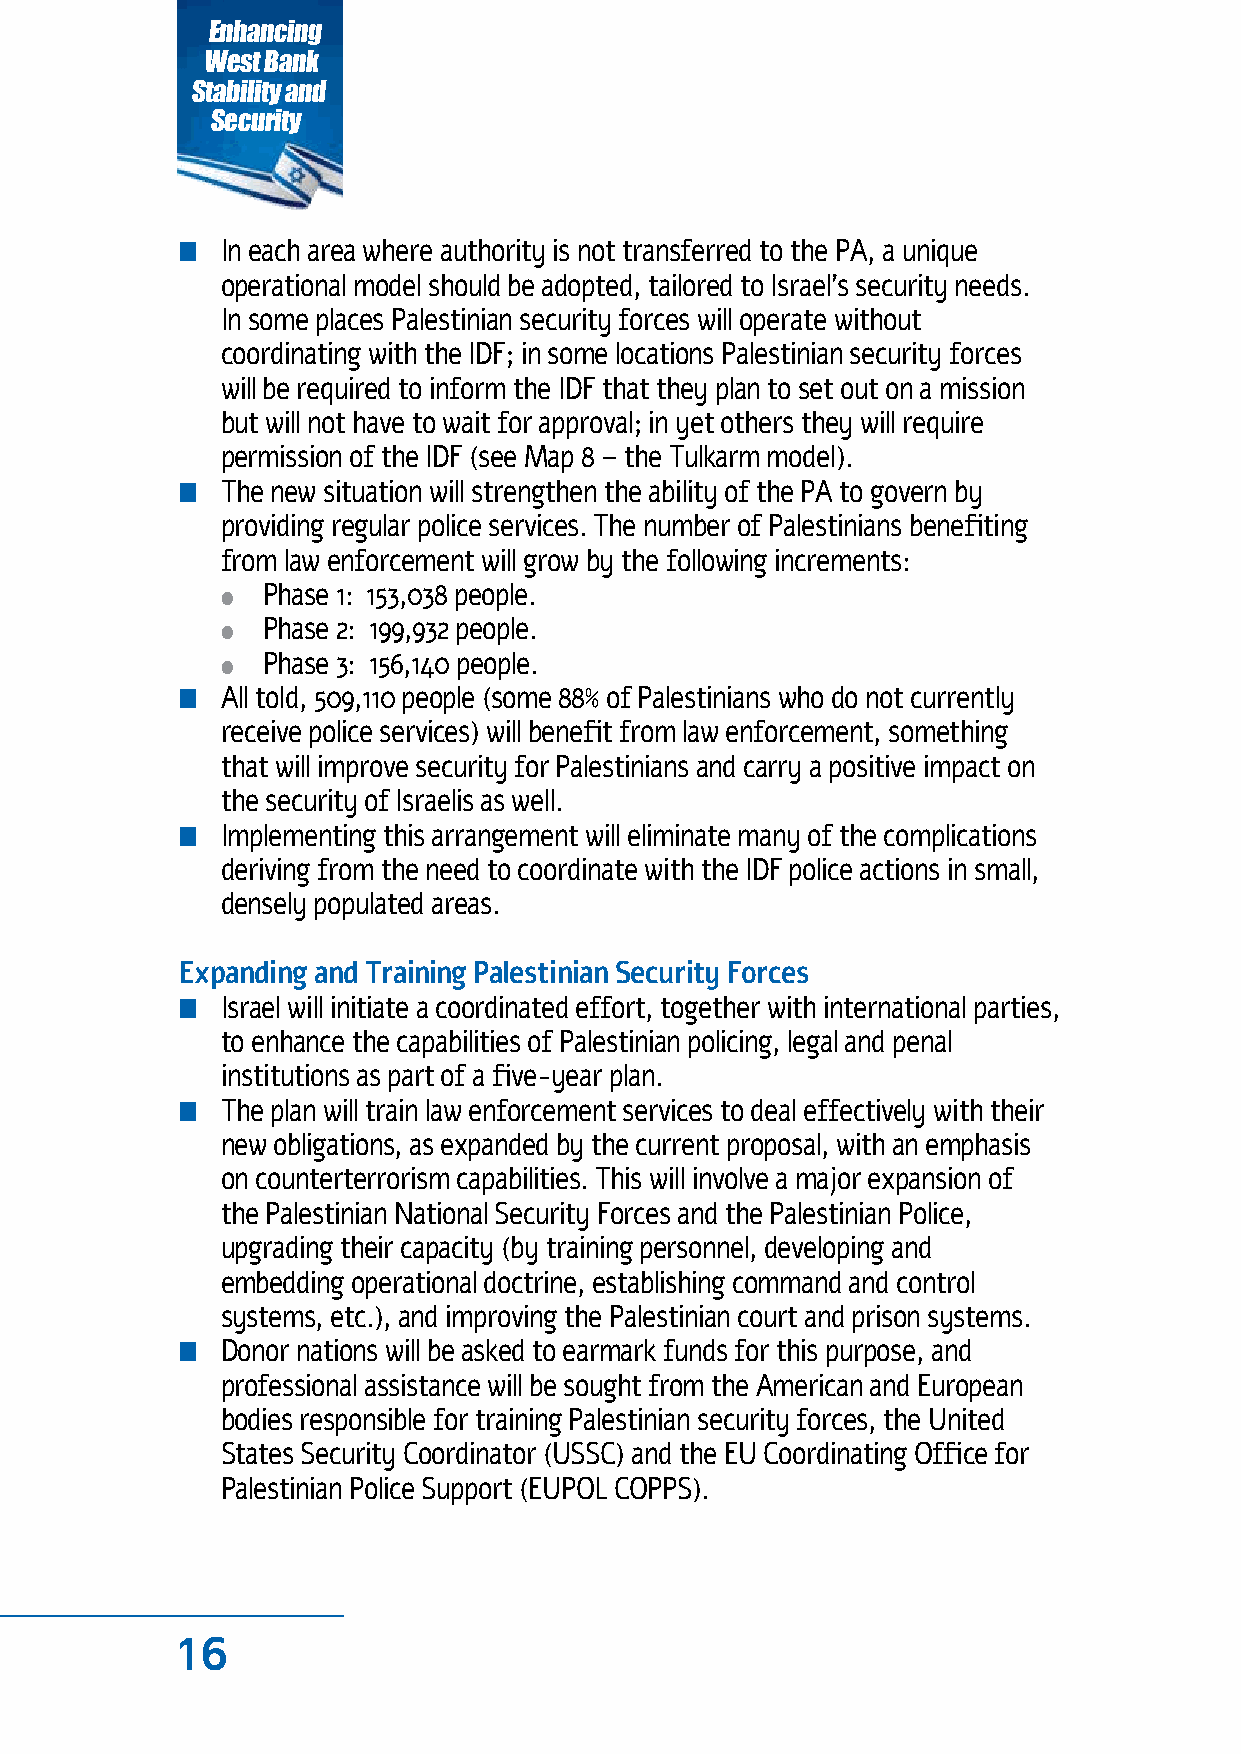
Enhancing
 West Bank
 Stability and
 Security
 n  In each area where authority is not transferred to the PA, a unique
 operational model should be adopted, tailored to Israel’s security needs.
 In some places Palestinian security forces will operate without
 coordinating with the IDF; in some locations Palestinian security forces
 will be required to inform the IDF that they plan to set out on a mission
 but will not have to wait for approval; in yet others they will require
 permission of the IDF (see Map 8 – the Tulkarm model).
 n  The new situation will strengthen the ability of the PA to govern by
 providing regular police services. The number of Palestinians benefiting
 from law enforcement will grow by the following increments:
 ● Phase 1: 153,038 people.
 ● Phase 2: 199,932 people.
 ● Phase 3: 156,140 people.
 n  All told, 509,110 people (some 88% of Palestinians who do not currently
 receive police services) will benefit from law enforcement, something
 that will improve security for Palestinians and carry a positive impact on
 the security of Israelis as well.
 n  Implementing this arrangement will eliminate many of the complications
 deriving from the need to coordinate with the IDF police actions in small,
 densely populated areas.
 Expanding and Training Palestinian Security Forces
 n  Israel will initiate a coordinated effort, together with international parties,
 to enhance the capabilities of Palestinian policing, legal and penal
 institutions as part of a five-year plan.
 n  The plan will train law enforcement services to deal effectively with their
 new obligations, as expanded by the current proposal, with an emphasis
 on counterterrorism capabilities. This will involve a major expansion of
 the Palestinian National Security Forces and the Palestinian Police,
 upgrading their capacity (by training personnel, developing and
 embedding operational doctrine, establishing command and control
 systems, etc.), and improving the Palestinian court and prison systems.
 n  Donor nations will be asked to earmark funds for this purpose, and
 professional assistance will be sought from the American and European
 bodies responsible for training Palestinian security forces, the United
 States Security Coordinator (USSC) and the EU Coordinating Office for
 Palestinian Police Support (EUPOL COPPS).
 16